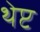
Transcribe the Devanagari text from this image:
थेप्ट